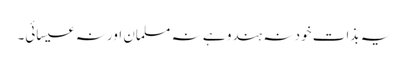
یہ بذات خود نہ ہندو ہے نہ مسلمان اور نہ عیسائی۔